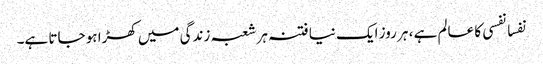
نفسا نفسی کا عالم ہے ، ہر روز ایک نیا فتنہ ہر شعبہ زندگی میں کھڑا ہو جاتا ہے۔